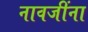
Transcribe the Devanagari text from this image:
नावजींना